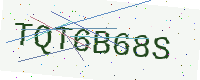
Text: TQT6B68S